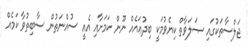
ޖަލްސާތަކުގައި ޞަލަވާތް ކިޔެވުމަކީ ބިދުޢައެއް ނޫން ކަމަށާއި އެއީ ސުއްނަތުން ސާބިތުވާ ކަމެއް